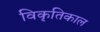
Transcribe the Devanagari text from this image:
विकृतिकाल